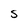
Character: S